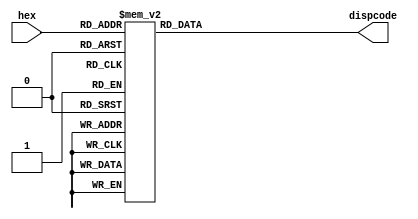
`timescale 1ns / 1ps
//////////////////////////////////////////////////////////////////////////////////
// Company: 
// Engineer: 
// 
// Design Name: 
// Module Name: Hex_To_7Seg
// Project Name: 
// Target Devices: 
// Tool Versions: 
// Description: 
// 
// Dependencies: 
// 
// Revision:
// Revision 0.01 - File Created
// Additional Comments:
// 
//////////////////////////////////////////////////////////////////////////////////


module Hex_To_7Seg(
    input [3:0] hex,
    output reg [7:0] dispcode
    );
    
    always @(hex) begin
        //  '0'- '1'- 
        // [7:0] DP,g,f,e,d,c,b,a
        case(hex)
            4'h0: dispcode <= 8'b1100_0000; //0
            4'h1: dispcode <= 8'b1111_1001; //1
            4'h2: dispcode <= 8'b1010_0100; //2
            4'h3: dispcode <= 8'b1011_0000; //3
            4'h4: dispcode <= 8'b1001_1001; //4
            4'h5: dispcode <= 8'b1001_0010; //5
            4'h6: dispcode <= 8'b1000_0010; //6
            4'h7: dispcode <= 8'b1101_1000; //7
            4'h8: dispcode <= 8'b1000_0000; //8
            4'h9: dispcode <= 8'b1001_0000; //9
            4'hA: dispcode <= 8'b1000_1000; //A
            4'hB: dispcode <= 8'b1000_0011; //b
            4'hC: dispcode <= 8'b1100_0110; //C
            4'hD: dispcode <= 8'b1010_0001; //d
            4'hE: dispcode <= 8'b1000_0110; //E
            4'hF: dispcode <= 8'b1000_1110; //F
            default: dispcode <= 8'b0000_0000; // 
        endcase
    end
    
endmodule